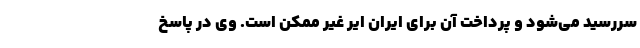
سررسید می‌شود و پرداخت آن برای ایران ایر غیر ممکن است. وی در پاسخ